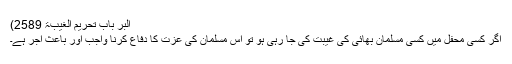
البر باب تحریم الغیبۃ 2589)
اگر کسی محفل میں کسی مسلمان بھائی کی غیبت کی جا رہی ہو تو اس مسلمان کی عزت کا دفاع کرنا واجب اور باعث اجر ہے۔